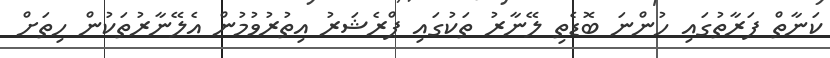
ކަނާތް ފަރާތުގައި ހުންނަ ބޮޑެތި ލޭނާރު ތަކުގައި ޕްރެޝަރު އިތުރުވުމުން އެލޭނާރުތަކުން ހިތަށް